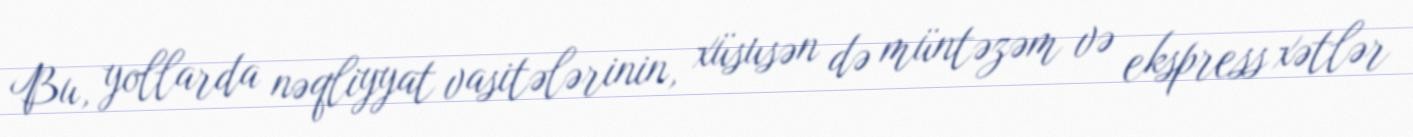
Bu, yollarda nəqliyyat vasitələrinin, xüsusən də müntəzəm və ekspress xətlər